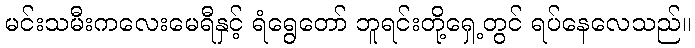
မင်းသမီးကလေးမေရီနှင့် ရံရွေတော် ဘူရင်းတို့ရှေ့တွင် ရပ်နေလေသည်။